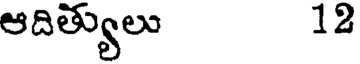
ఆదిత్యులు 12